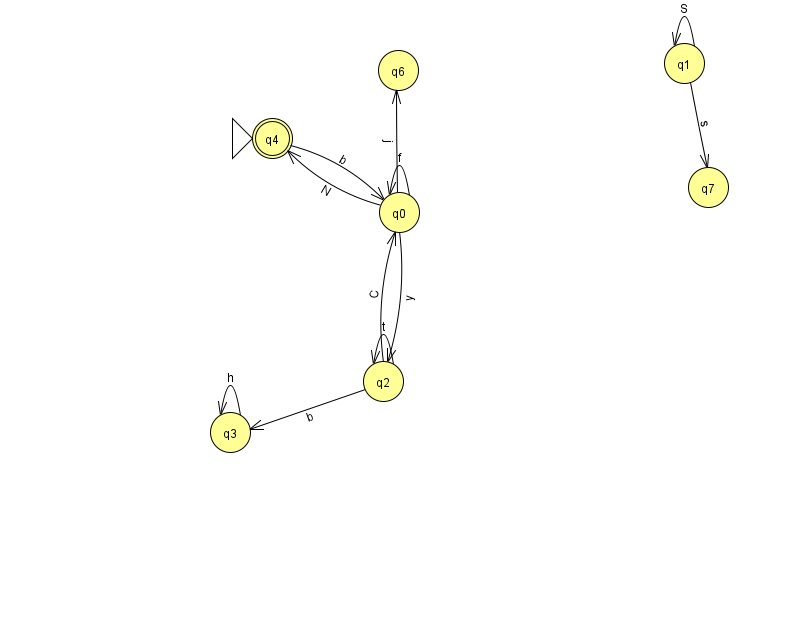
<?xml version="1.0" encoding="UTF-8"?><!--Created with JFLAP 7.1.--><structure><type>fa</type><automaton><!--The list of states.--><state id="0" name="q0"><x>399.0</x><y>199.0</y></state><state id="1" name="q1"><x>684.0</x><y>50.0</y></state><state id="2" name="q2"><x>383.0</x><y>368.0</y></state><state id="3" name="q3"><x>230.0</x><y>419.0</y></state><state id="4" name="q4"><x>272.0</x><y>125.0</y><initial/><final/></state><state id="6" name="q6"><x>398.0</x><y>57.0</y></state><state id="7" name="q7"><x>708.0</x><y>174.0</y></state><!--The list of transitions.--><transition><from>0</from><to>6</to><read>j</read></transition><transition><from>2</from><to>0</to><read>C</read></transition><transition><from>0</from><to>4</to><read>N</read></transition><transition><from>1</from><to>1</to><read>S</read></transition><transition><from>2</from><to>2</to><read>t</read></transition><transition><from>0</from><to>0</to><read>f</read></transition><transition><from>2</from><to>3</to><read>b</read></transition><transition><from>0</from><to>2</to><read>y</read></transition><transition><from>3</from><to>3</to><read>h</read></transition><transition><from>1</from><to>7</to><read>s</read></transition><transition><from>4</from><to>0</to><read>b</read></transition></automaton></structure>